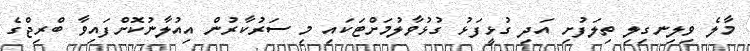
މާލެ ވިލިނގިލި ތިލަފުށި އަދި ގުޅީފަޅު ގުޅުވާލުމަށްޓަކައި މި ސަރުކާރުން އިއުލާނުކޮށްފައިވާ ބްރިޖްގެ